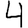
Digit: 4